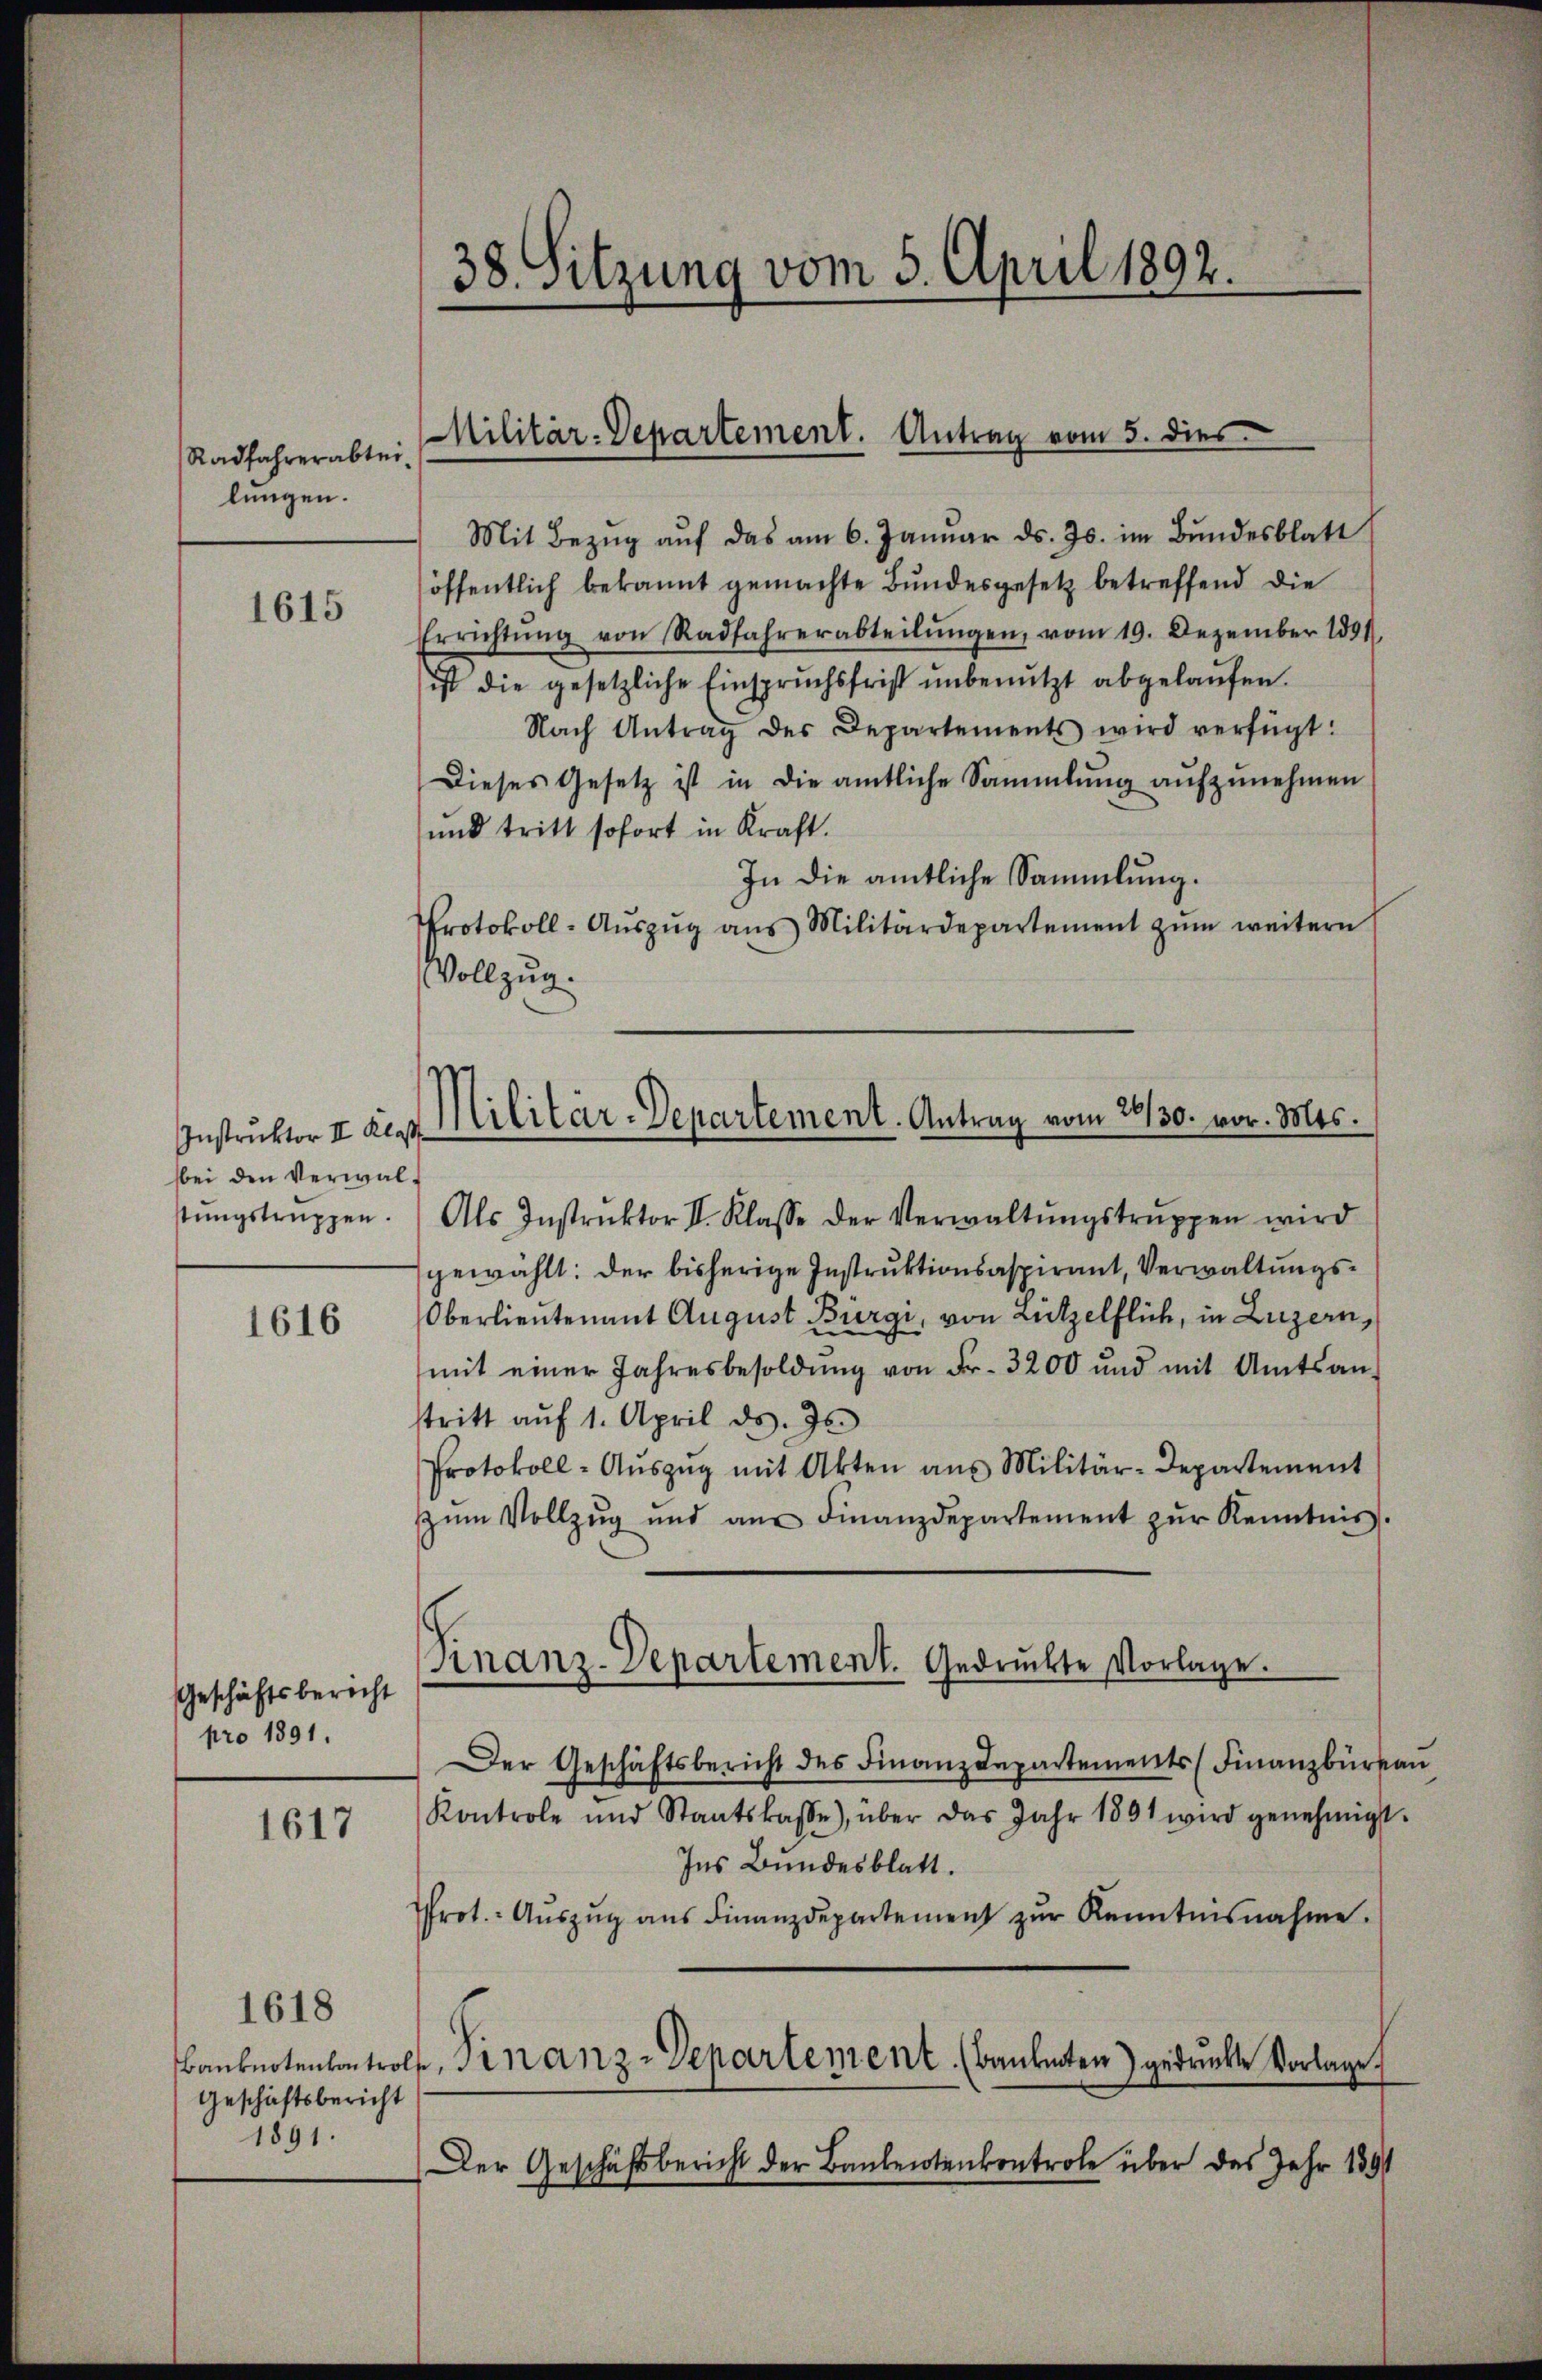
Radfahrerabteilungen.

1615

bei den Verwalstungstruppen.

1616

Geschäftsbericht
pro 1891.

1617

1618
Banknotenkontrol
Geschäftsbericht
1891.

38. Sitzung vom 5. April 1892.

Militär-Departement. Antrag vom 5. dies

Instruktor als Militär-Departement. Antrag vom 26/30. vor. Mts.

Finanz-Departement. Gedruckte Vorlage.

Mit Bezŭg aŭf das am 6. Janŭar ds. Js. im Bŭndesblatt
öffentlich bekannt gemachte Bundesgesetz betreffend die
Errichtŭng von Radfahrerabteilŭngen, vom 19. Dezember 1891.
ist die gesetzliche Einspruchsfrist unbenutzt abgelaufen.
Nach Antrag des Departements wird verfügt:
Dieses Gesetz ist in die amtliche Sammlung aŭfzŭnehmen
und tritt sofort in Kraft.
In die amtliche Sammlung.
Protokoll-Aŭszŭg ans Militärdepartement zŭm weitern
Vollzug.
Als Instruktor II. Klasse der Verwaltŭngstrŭppen wird
gewählt: der bisherige Instruktionsaspirant, Verwaltungs¬
Oberlieutenant August Bürgi, von Lützelflich, in Luzern,
mit einer Jahresbesoldŭng von Fr. 3200 und mit Amtsan-
stritt aŭf 1. April d. Js.
Protokoll-Aŭszŭg mit Akten aus Militär-Departement
zŭm Vollzŭg und an Finanzdepartement zŭr Kenntnis.
Der Geschäftsbericht des Finanzdepartements (Finanzbürkau
Kontrole und Staatskasse), über das Jahr 1891 wird genehmigt.
Ins Bundesblatt.
rot. Aŭszŭg aŭs Finanzdepartement zŭr Kenntnisnahme.
h. Finanz-Departement. (Bankenten) gedruckte Vorlage.
Der Geschäftsbericht der Bankentenkontrole über das Jahr 1891